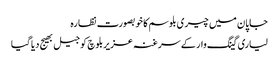
جاپان میں چیری بلوسم کا خوبصورت نظارہ
لیاری گینگ وار کے سرغنہ عزیربلوچ کو جیل بھیج دیا گیا